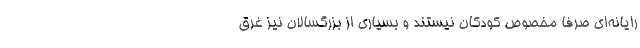
رایانه‌ای صرفاً مخصوص کودکان نیستند و بسیاری از بزرگسالان نیز غرق